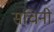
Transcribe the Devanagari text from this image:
सचिनी